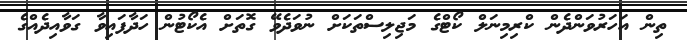
ތިން އަހަރުވަންދެން ކްރިމިނަލް ކޯޓްގެ މަޖިލިސްތަކަށް ނުވަދެވޭ ގޮތަށް އެކޯޓުން ހަދާފައިވާ ގަވާއިދެއްގެ